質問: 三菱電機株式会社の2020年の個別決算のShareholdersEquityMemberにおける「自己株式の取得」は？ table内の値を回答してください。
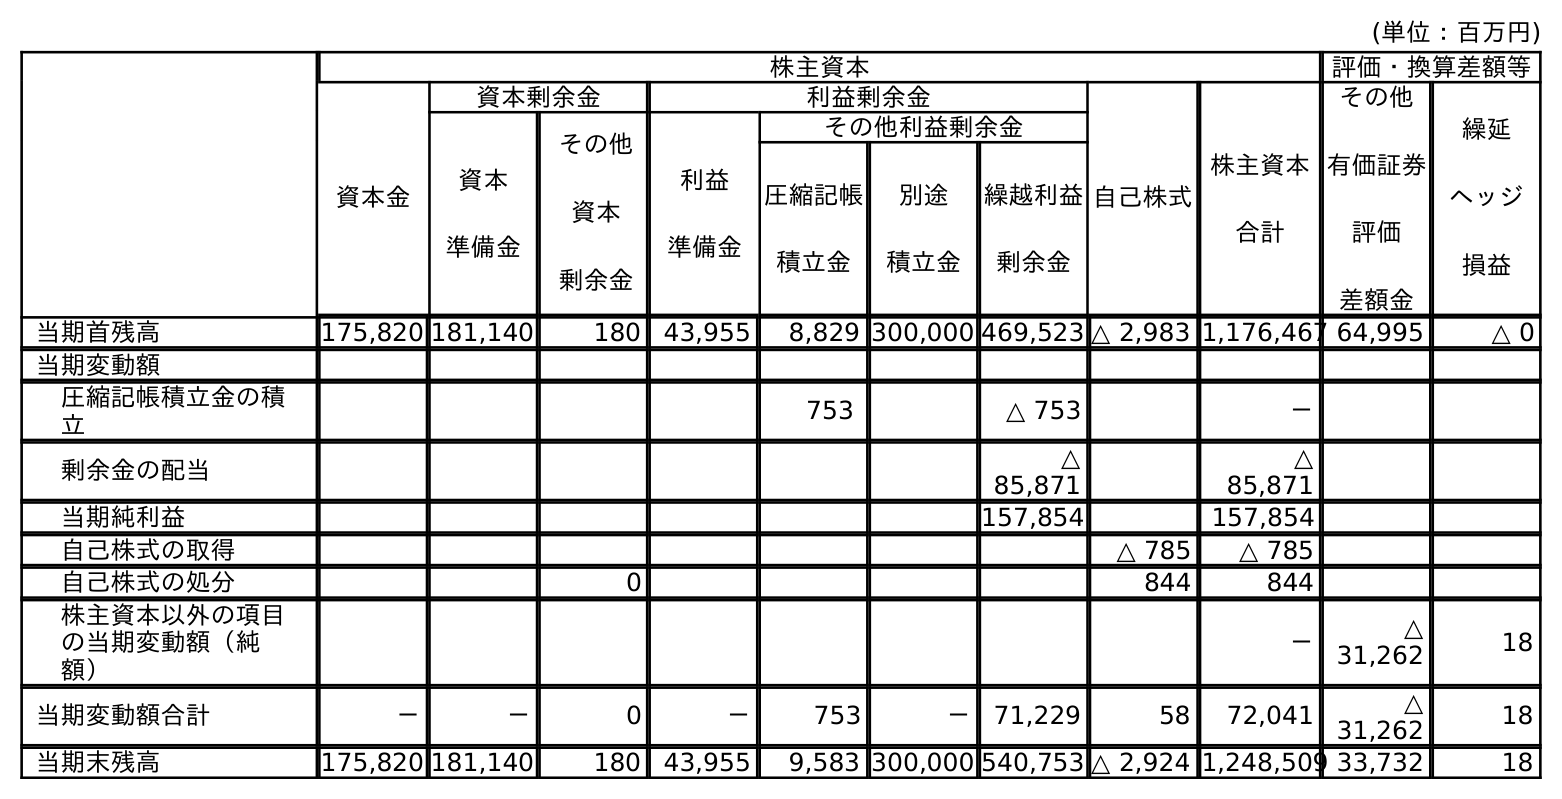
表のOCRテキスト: (単位：百万円) 株主資本 評価・換算差額等 資本金 資本剰余金 利益剰余金 自己株式 株主資本 合計 その他 有価証券 評価 差額金 繰延 ヘッジ 損益 資本 準備金 その他 資本 剰余金 利益 準備金 その他利益剰余金 圧縮記帳 積立金 別途 積立金 繰越利益 剰余金 当期首残高 175,820 181,140 180 43,955 8,829 300,000 469,523 △ 2,983 1,176,467 64,995 △ 0 当期変動額 圧縮記帳積立金の積 立 753 △ 753 － 剰余金の配当 △ 85,871 △ 85,871 当期純利益 157,854 157,854 自己株式の取得 △ 785 △ 785 自己株式の処分 0 844 844 株主資本以外の項目 の当期変動額（純 額） － △ 31,262 18 当期変動額合計 － － 0 － 753 － 71,229 58 72,041 △ 31,262 18 当期末残高 175,820 181,140 180 43,955 9,583 300,000 540,753 △ 2,924 1,248,509 33,732 18
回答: △785